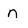
Character: n